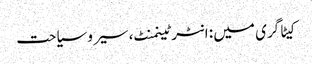
کیٹاگری میں : انٹرٹینمنٹ، سیر و سیاحت